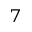
^ 7